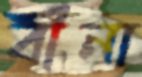
বীনা